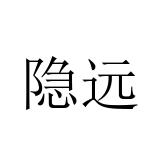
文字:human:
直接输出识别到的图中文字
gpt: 隐远